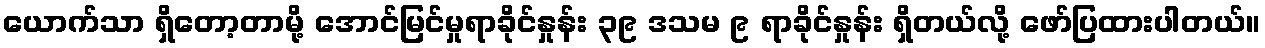
ယောက်သာ ရှိတော့တာမို့ အောင်မြင်မှုရာခိုင်နှုန်း ၃၉ ဒသမ ၉ ရာခိုင်နှုန်း ရှိတယ်လို့ ဖော်ပြထားပါတယ်။